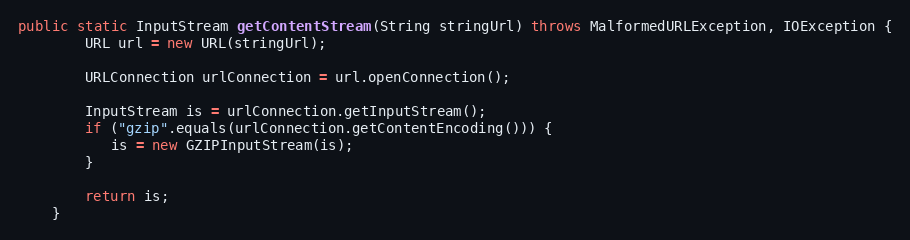
Language: Java
public static InputStream getContentStream(String stringUrl) throws MalformedURLException, IOException {
        URL url = new URL(stringUrl);

        URLConnection urlConnection = url.openConnection();

        InputStream is = urlConnection.getInputStream();
        if ("gzip".equals(urlConnection.getContentEncoding())) {
           is = new GZIPInputStream(is);
        }

        return is;
    }